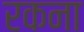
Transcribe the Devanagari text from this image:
रकना